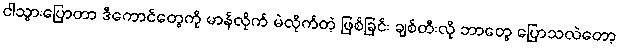
ငါသွားပြောတာ ဒီကောင်တွေကို မာန်လိုက် မဲလိုက်တဲ့ ဖြစ်ခြင်း ချစ်တီးလို ဘာတွေ ပြောသလဲတော့